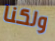
ولكنا